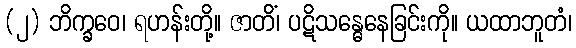
(၂) ဘိက္ခဝေ၊ ရဟန်းတို့။ ဇာတိံ၊ ပဋိသန္ဓေနေခြင်းကို။ ယထာဘူတံ၊